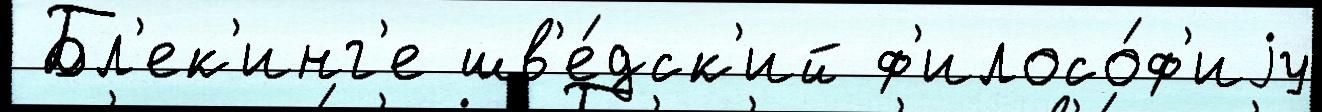
 Бл'ек'инг'е шв'е́дск'ий ф'илосо́ф'иjу